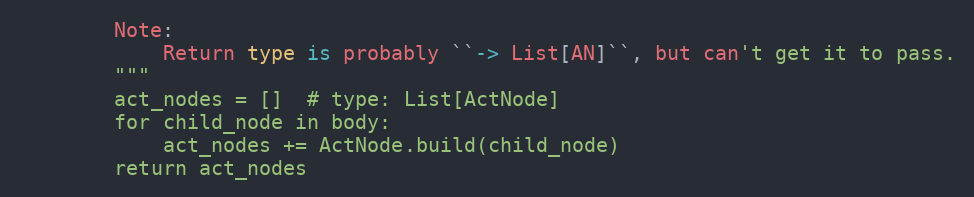
Language: Python
        Note:
            Return type is probably ``-> List[AN]``, but can't get it to pass.
        """
        act_nodes = []  # type: List[ActNode]
        for child_node in body:
            act_nodes += ActNode.build(child_node)
        return act_nodes